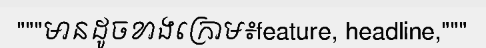
"""មានដូចខាងក្រោម៖feature, headline,"""